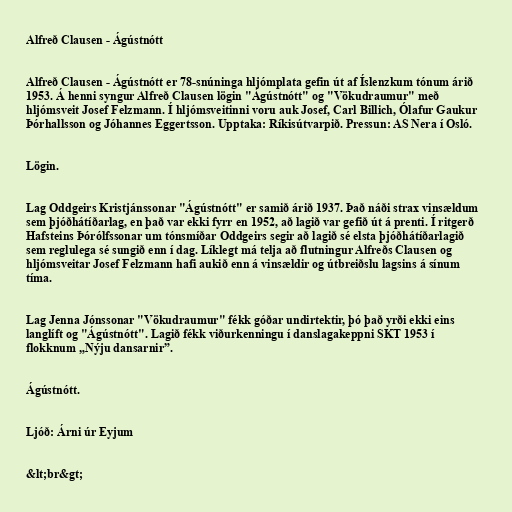
Alfreð Clausen - Ágústnótt

Alfreð Clausen - Ágústnótt er 78-snúninga hljómplata gefin út af Íslenzkum tónum árið
1953. Á henni syngur Alfreð Clausen lögin "Ágústnótt" og "Vökudraumur" með
hljómsveit Josef Felzmann. Í hljómsveitinni voru auk Josef, Carl Billich, Ólafur Gaukur
Þórhallsson og Jóhannes Eggertsson. Upptaka: Ríkisútvarpið. Pressun: AS Nera í Osló.

Lögin.

Lag Oddgeirs Kristjánssonar "Ágústnótt" er samið árið 1937. Það náði strax vinsældum
sem þjóðhátíðarlag, en það var ekki fyrr en 1952, að lagið var gefið út á prenti. Í ritgerð
Hafsteins Þórólfssonar um tónsmíðar Oddgeirs segir að lagið sé elsta þjóðhátíðarlagið
sem reglulega sé sungið enn í dag. Líklegt má telja að flutningur Alfreðs Clausen og
hljómsveitar Josef Felzmann hafi aukið enn á vinsældir og útbreiðslu lagsins á sínum
tíma.

Lag Jenna Jónssonar "Vökudraumur" fékk góðar undirtektir, þó það yrði ekki eins
langlíft og "Ágústnótt". Lagið fékk viðurkenningu í danslagakeppni SKT 1953 í
flokknum „Nýju dansarnir”.

Ágústnótt.

Ljóð: Árni úr Eyjum

&lt;br&gt;